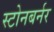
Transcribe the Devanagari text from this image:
स्टोनबर्नर